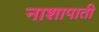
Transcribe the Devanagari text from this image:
नाशापाती